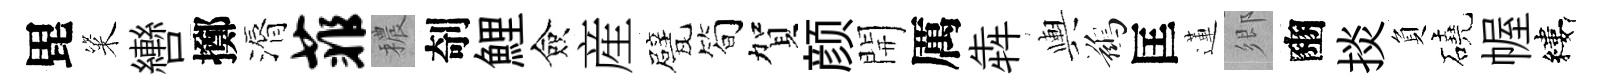
毘粢轡擲漘菲穠剞鯉僉産甓筍賀颜開厲犇輿鷀匡蓮鄉豳掞負磽幄縷